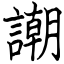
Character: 謿